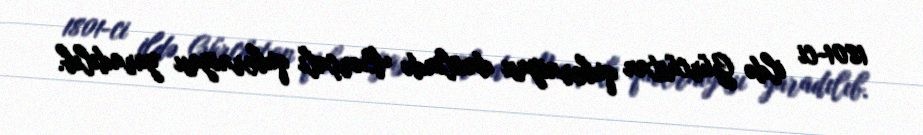
1801-ci ildə Gürcüstan quberniyası daxilində Borçalı quberniyası yaradılıb.